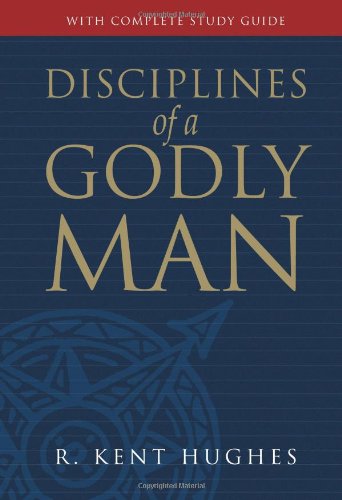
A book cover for Disciplines of a Godly Man (Paperback Edition); R. Kent Hughes; Christian Books & Bibles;